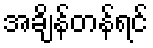
အချိန်တန်ရင်